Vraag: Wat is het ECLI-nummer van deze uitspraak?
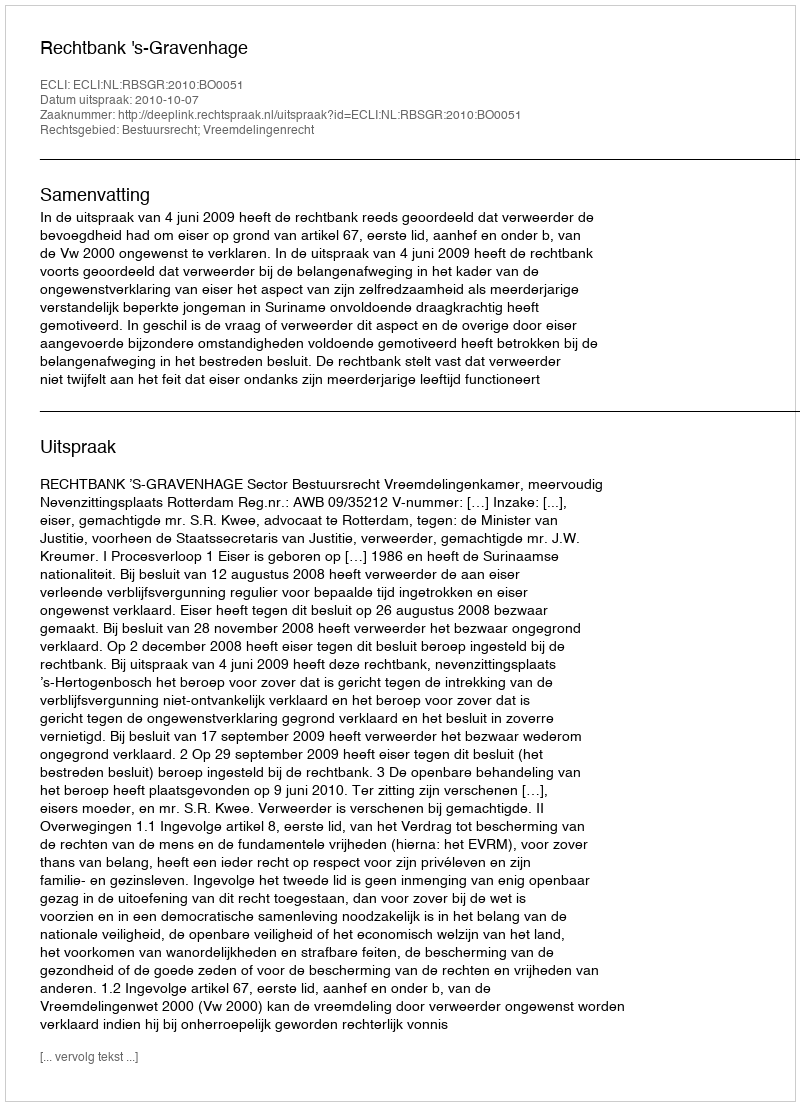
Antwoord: ECLI:NL:RBSGR:2010:BO0051